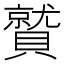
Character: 𮚦